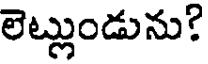
లెట్లుండును?